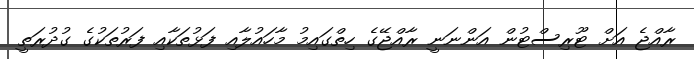
ރާއްޖެ އަށް ޓޫރިސްޓުން އަންނަނީ ރާއްޖޭގެ ހިތްގައިމު މާހައުލާއި ފަޅުތަކާއި ފަރުތަކުގެ ގުދުރަތީ